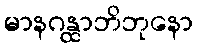
မာနဂန္ထာဘိဘုနော